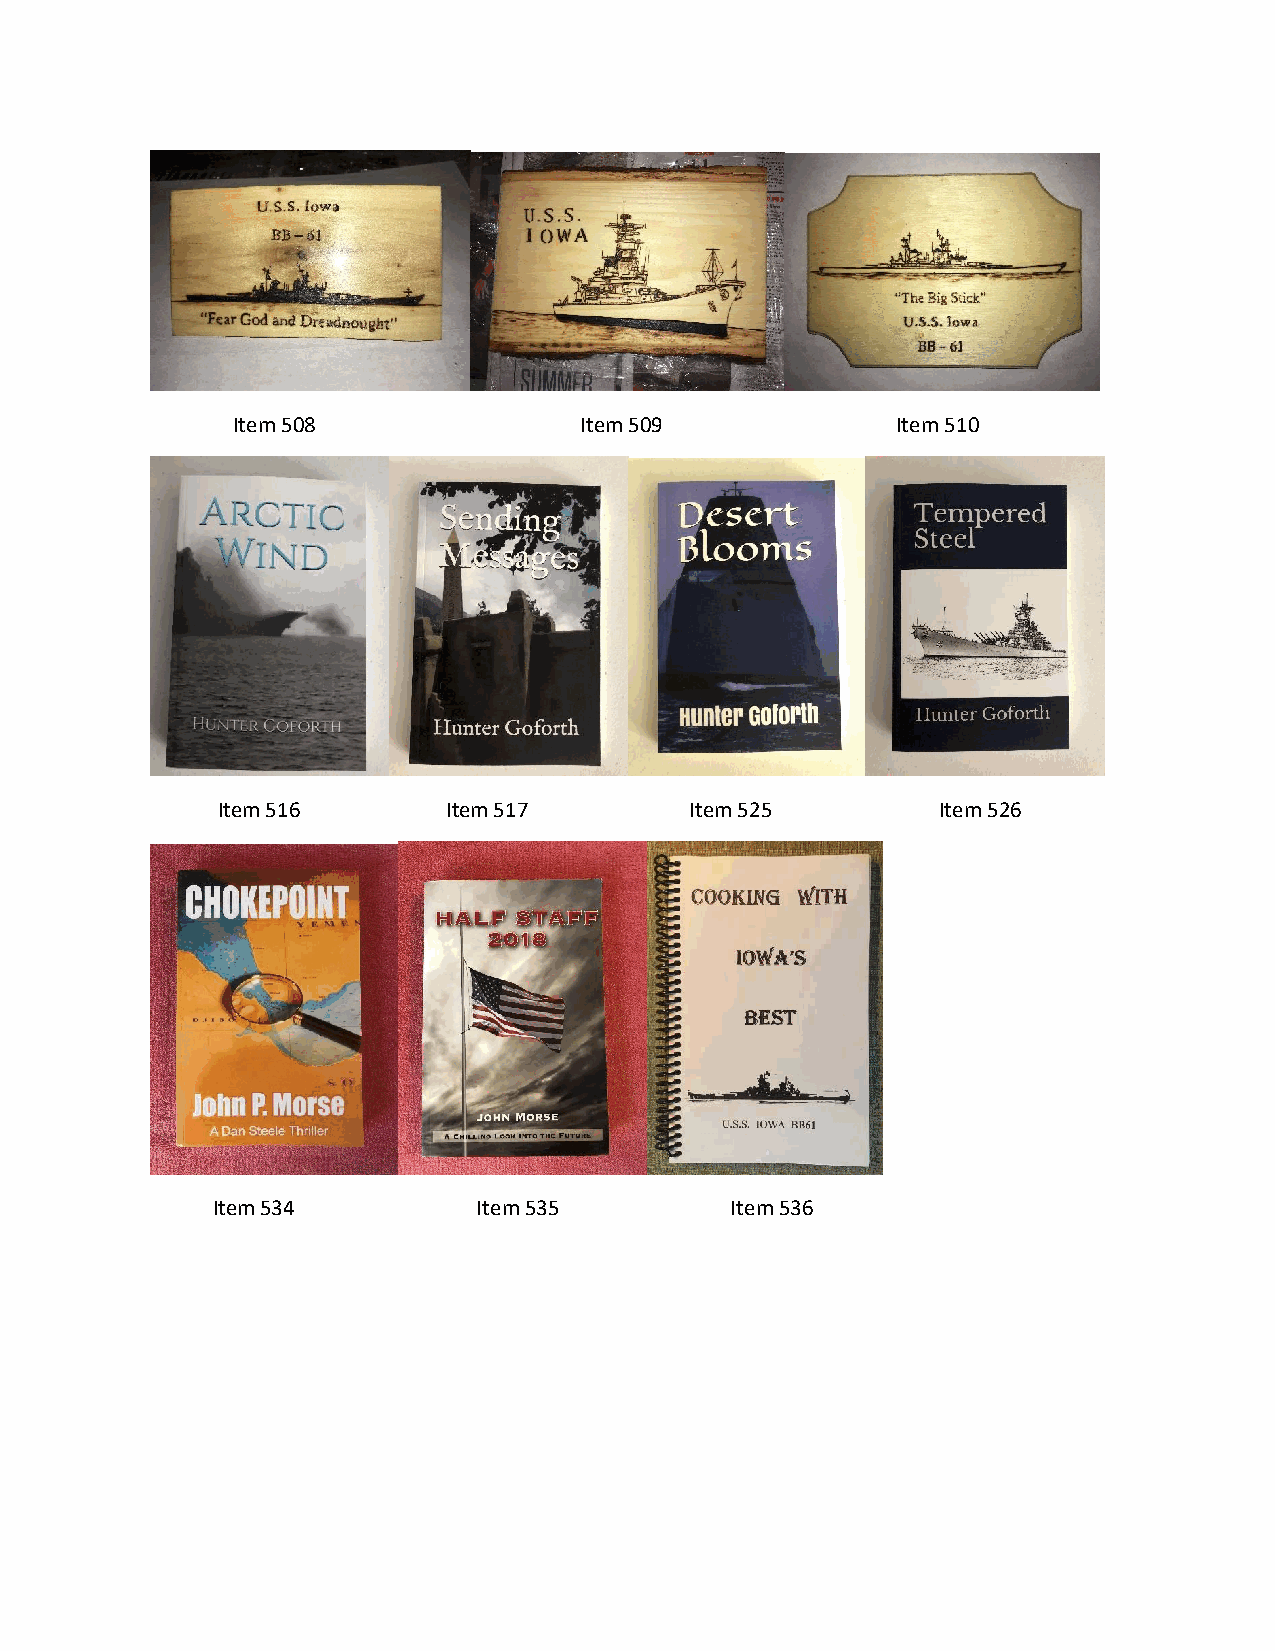
Item 508               Item 509             Item 510
 Item 516        Item 517        Item 525        Item 526
 Item 534          Item 535        Item 536